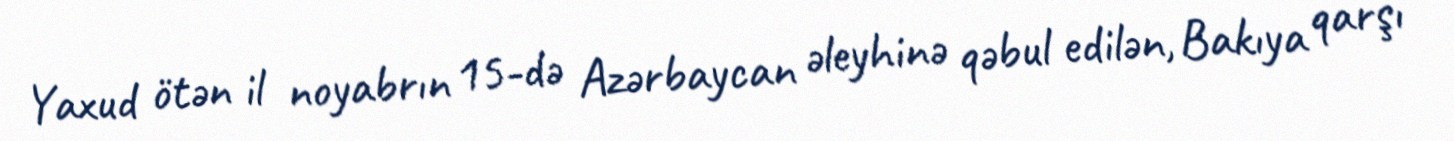
Yaxud ötən il noyabrın 15-də Azərbaycan əleyhinə qəbul edilən, Bakıya qarşı